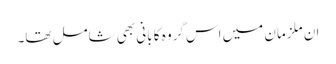
ان ملزمان میں اس گروہ کا بانی بھی شامل تھا۔